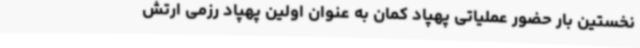
نخستین بار حضور عملیاتی پهپاد کمان به عنوان اولین پهپاد رزمی ارتش